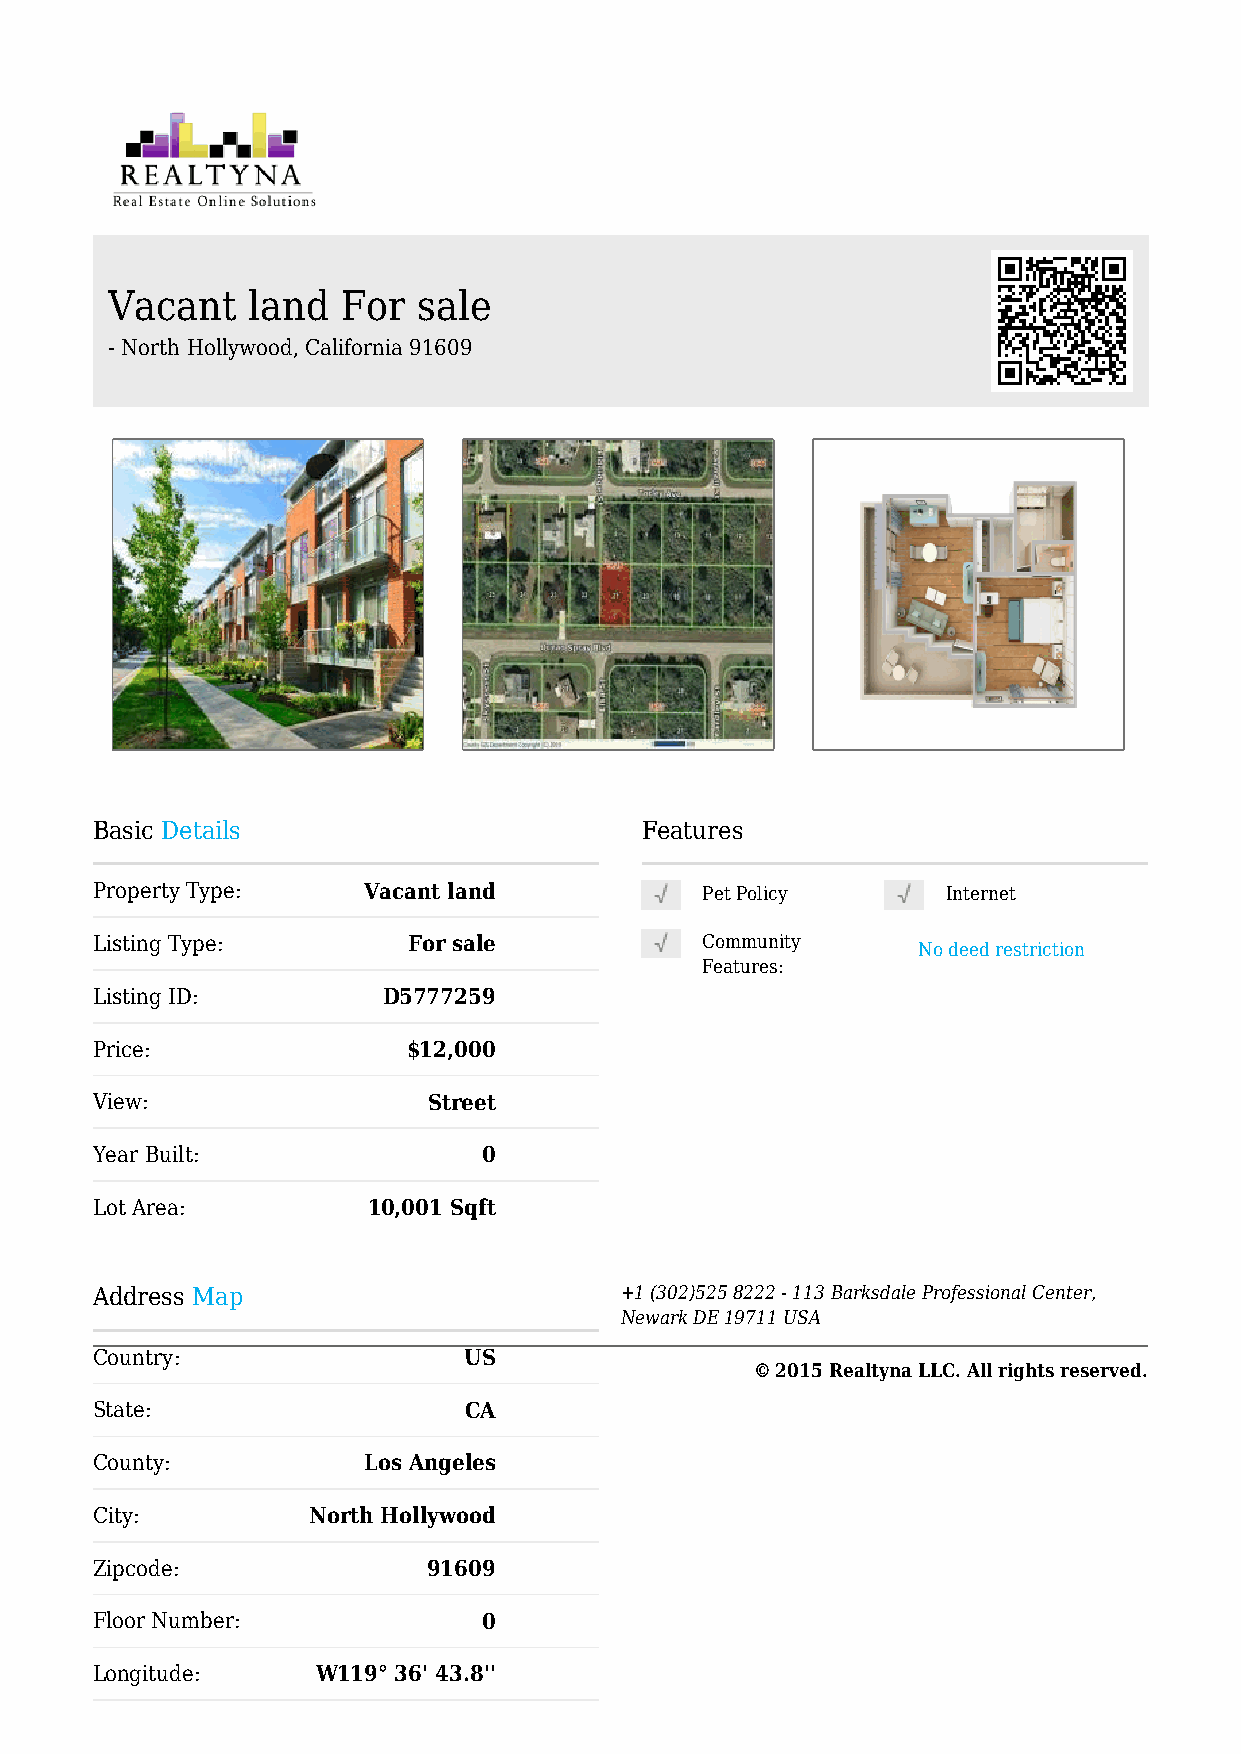
Vacant   land   For  sale
 - North Hollywood, California 91609
 Basic Details                       Features
 Property Type:    Vacant land           Pet Policy       Internet
 Listing Type:        For sale           Community
 No deed restriction
 Features:
 Listing ID:        D5777259
 Price:               $12,000
 View:                 Street
 Year Built:               0
 Lot Area:         10,001 Sqft
 Address Map                        +1 (302)525 8222 - 113 Barksdale Professional Center,
 Newark DE 19711 USA
 Country:                 US
 © 2015 Realtyna LLC. All rights reserved.
 State:                   CA
 County:           Los Angeles
 City:         North Hollywood
 Zipcode:              91609
 Floor Number:             0
 Longitude:     W119° 36' 43.8''